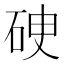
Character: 𥒏